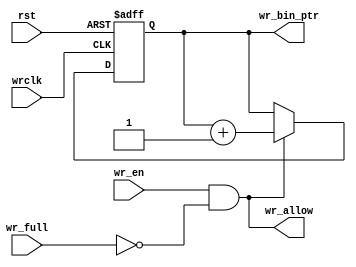
////////////////////////////////////////////////////////////////////////////////
//       !###########################!     Copyright(C),ZMvision Technology All 
//      !###########################!      rights FPGA Department
//     !##########!!!!!!###########!       
//    !########!           !######!        FileName:   fifo_wptr_gen.v
//   !######!    !##!      !####!          
//  !#####!     !###!        !#!           Author:     Leequo94
// !#####!     !#####!  !#!                
//            !###########!    !#####!     Email:      likuo@zmvision.cn
//       !!   !##########!    !#####!      
//      !##!   !#######!     !#####!       Version:    v1_0
//      !##!      !#!       !######!       
//     !######!           !########!       Date: 
//    !##########!!!!!!!!!########!        
//   !###########################!         
//  !###########################!          
//                                         
// Module Description:
// fifo write pointer generator
// @todo list :
// 
// History:  //modified list 
//     1.  Date:
//         Author:
//         Modification:
//     2.  ......
////////////////////////////////////////////////////////////////////////////////
`timescale 1ns/1ps 
module fifo_wptr_gen #(
    parameter   ABITS    = 10,
    parameter   DBITS    = 16
)( 
    input           wire                wrclk,
    input           wire                rst,
    input           wire                wr_en,
    output          wire    [ABITS-1:0] wr_bin_ptr,
    output          wire                wr_allow,
    input           wire                wr_full
);
////////////////////////////////////////////////////////////////////////////////
// parameter 

////////////////////////////////////////////////////////////////////////////////
// internal register and net declare 
reg [ABITS-1 :0] wr_bin_ptr_r;
////////////////////////////////////////////////////////////////////////////////
// internal interconnect 
assign wr_allow = wr_en&(~wr_full);
assign wr_bin_ptr = wr_bin_ptr_r;
////////////////////////////////////////////////////////////////////////////////
// internal logic 
////////////////////////////////////////////////////////////////////////////////
always @ (posedge wrclk,posedge rst)
begin 
    if (rst) begin 
        wr_bin_ptr_r <= {ABITS{1'd0}};
    end 
    else if (wr_allow) begin 
        wr_bin_ptr_r <= wr_bin_ptr_r + 1'd1;
    end 
    else begin 
        wr_bin_ptr_r <= wr_bin_ptr_r;
    end 
end 
////////////////////////////////////////////////////////////////////////////////

endmodule
////////////////////////////////////////////////////////////////////////////////